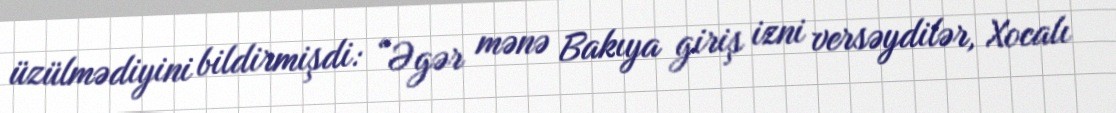
üzülmədiyini bildirmişdi: “Əgər mənə Bakıya giriş izni versəydilər, Xocalı